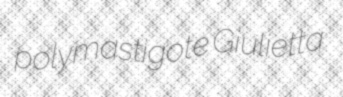
polymastigote Giulietta